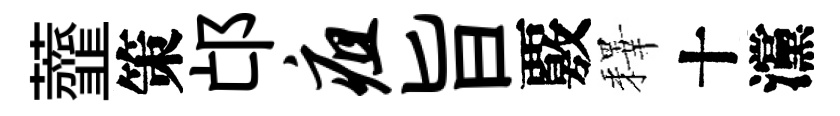
虀策邙疽旨覈釋十灙